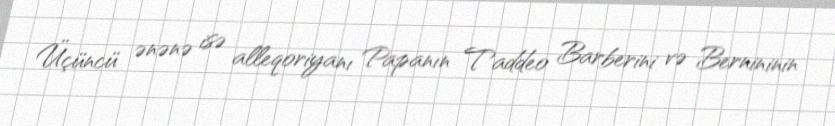
Üçüncü ənənə isə alleqoriyanı Papanın Taddeo Barberini və Bernininin